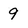
Character: 9